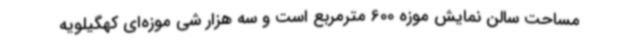
مساحت سالن نمایش موزه 600 مترمربع است و سه هزار شی موزه‌ای کهگیلویه